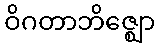
ဝိဂတာဘိဇ္ဈော